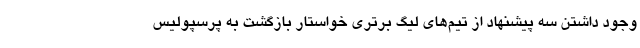
وجود داشتن سه پیشنهاد از تیم‌های لیگ برتری خواستار بازگشت به پرسپولیس